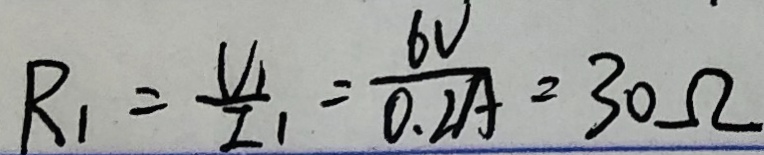
R _ { 1 } = \frac { V _ { 1 } } { I _ { 1 } } = \frac { 6 V } { 0 . 2 A } = 3 0 \Omega